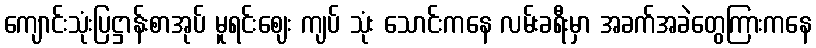
ကျောင်းသုံးပြဋ္ဌာန်းစာအုပ် မူရင်းဈေး ကျပ် သုံး သောင်းကနေ လမ်းခရီးမှာ အခက်အခဲတွေကြားကနေ